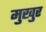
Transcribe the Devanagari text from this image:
मुखुर